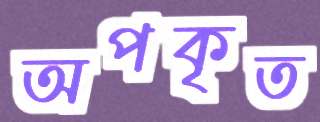
অপকৃত